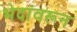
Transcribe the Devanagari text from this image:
भेदांवरून